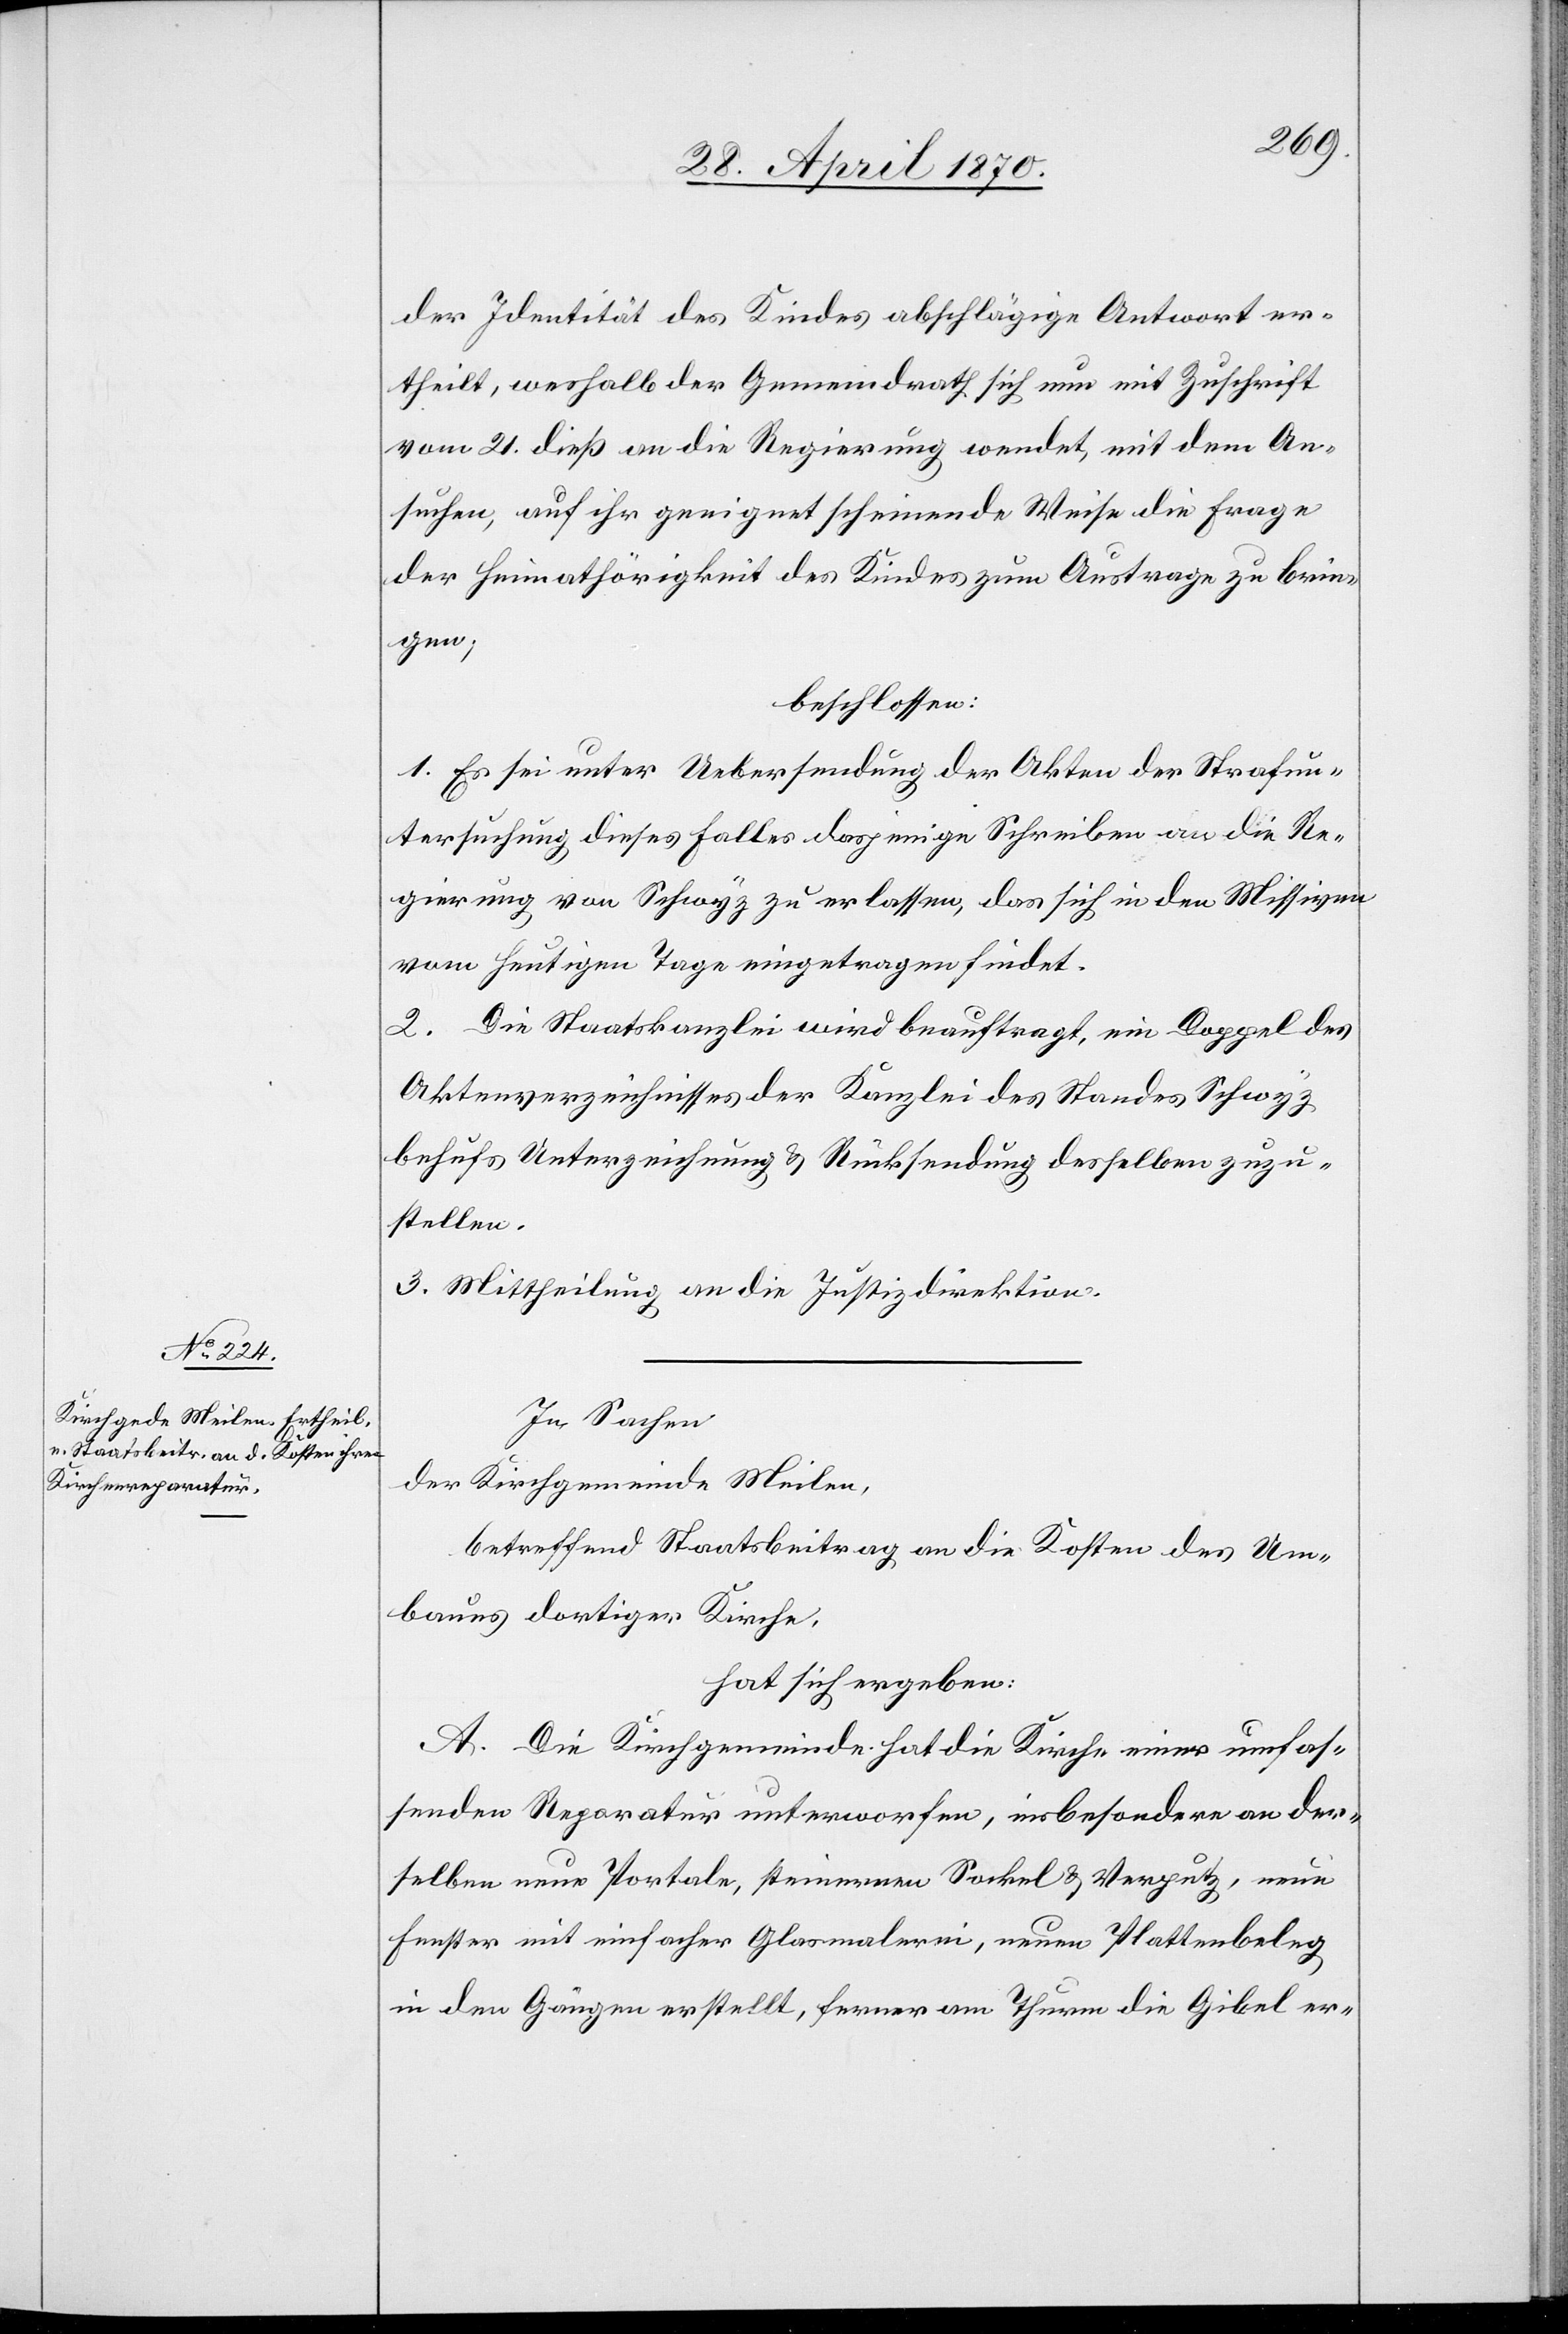
der Identität des Kindes abschlägige Antwort er¬
theilt, weshalb der Gemeindrath sich nun mit Zuschrift
vom 21. dieß an die Regierung wendet, mit dem An¬
suchen, auf ihr geeignet scheinende Weise die Frage
der Heimathörigkeit des Kindes zum Austrage zu brin¬
gen;
beschlossen:
1. Es sei unter Uebersendung der Akten der Strafun¬
tersuchung dieses Falles dasjenige Schreiben an die Re¬
gierung von Schwyz zu erlassen, das sich in den Missiven
vom heutigen Tage eingetragen findet.
2. Die Staatskanzlei wird beauftragt, ein Doppel des
Aktenverzeichnisses der Kanzlei des Standes Schwyz
behufs Unterzeichnung & Rücksendung desselben zuzu¬
stellen.
3. Mittheilung an die Justizdirektion.
In Sachen
der Kirchgemeinde Meilen,
betreffend Staatsbeitrag an die Kosten des Um¬
baues dortiger Kirche,
hat sich ergeben:
A. Die Kirchgemeinde hat die Kirche einer umfas¬
senden Reparatur unterworfen, insbesondere an der¬
selben neue Portale, steinernen Sockel & Verputz, neue
Fenster mit einfacher Glasmalerei, neuen Plattenbeleg
in den Gängen erstellt, ferner am Thurm die Gibel er-